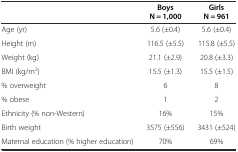
|  | Boys N = 1,000 | Girls N = 961 |
 | --- | --- | --- |
 | Age (yr) | 5.6 (±0.4) | 5.6 (±0.4) |
 | Height (m) | 116.5 (±5.5) | 115.8 (±5.5) |
 | Weight (kg) | 21.1 (±2.9) | 20.8 (±3.3) |
 | BMI (kg/m2) | 15.5 (±1.3) | 15.5 (±1.5) |
 | % overweight | 6 | 8 |
 | % obese | 1 | 2 |
 | Ethnicity (% non-Western) | 16% | 15% |
 | Birth weight | 3575 (±556) | 3431 (±524) |
 | Maternal education (% higher education) | 70% | 69% |